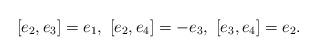
LaTeX: \begin{align*}[e_2,e_3]=e_1,\ [e_2,e_4]=-e_3,\ [e_3,e_4]=e_2. \end{align*}